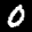
Label: 0